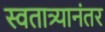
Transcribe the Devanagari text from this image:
स्वतात्र्यानंतर